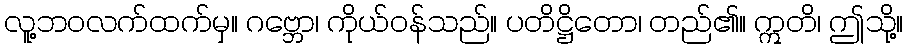
လူ့ဘဝလက်ထက်မှ။ ဂဗ္ဘော၊ ကိုယ်ဝန်သည်။ ပတိဋ္ဌိတော၊ တည်၏။ ဣတိ၊ ဤသို့။